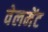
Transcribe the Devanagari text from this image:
वेलमेंट